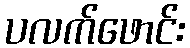
ပလက်ဖောင်း